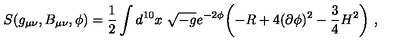
S ( g _ { \mu \nu } , B _ { \mu \nu } , \phi ) = { \frac { 1 } { 2 } } \int d ^ { 1 0 } x \ \sqrt { - g } e ^ { - 2 \phi } \biggl ( - R + 4 ( \partial \phi ) ^ { 2 } - { \frac { 3 } { 4 } } H ^ { 2 } \biggr ) \ ,